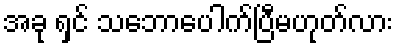
အခု ရှင် သဘောပေါက်ပြီမဟုတ်လား